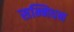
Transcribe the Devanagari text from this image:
सन्निधन